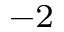
^ { - 2 }